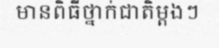
មានពិធីថ្នាក់ជាតិម្តងៗ